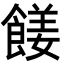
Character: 𩝅